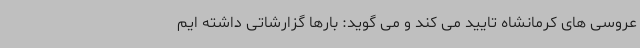
عروسی های کرمانشاه تایید می کند و می گوید: بارها گزارشاتی داشته ایم